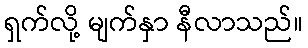
ရှက်လို့ မျက်နှာ နီလာသည်။